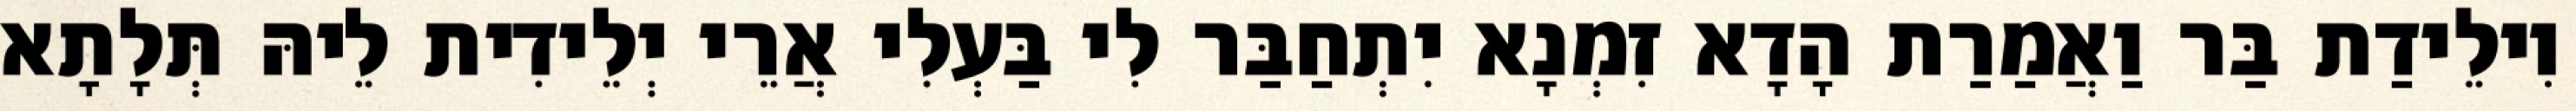
וִילֵידַת בַּר וַאֲמַרַת הָדָא זִמְנָא יִתְחַבַּר לִי בַּעְלִי אֲרֵי יְלֵידִית לֵיהּ תְּלָתָא